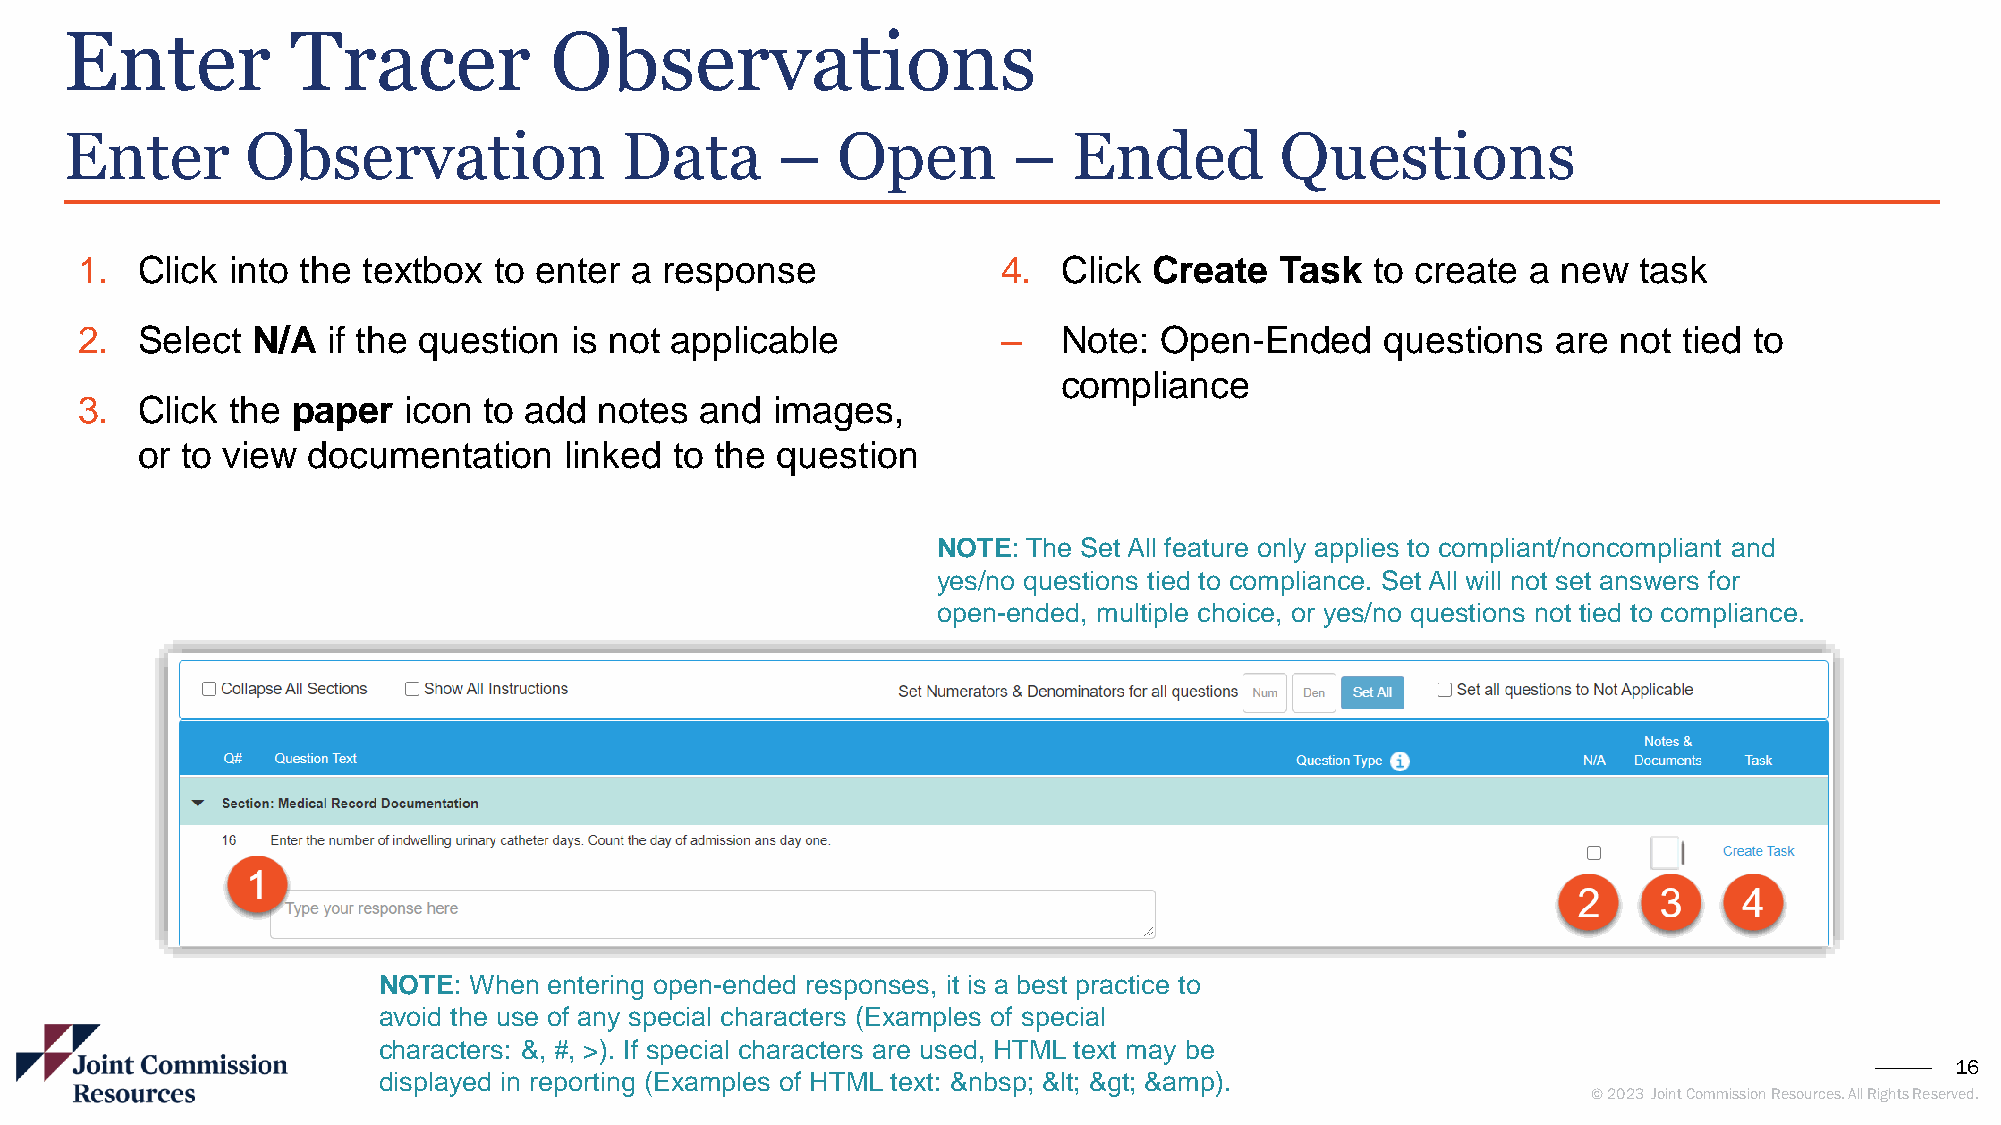
Enter          Tracer           Observations
 Enter       Observation              Data      –   Open        –   Ended         Questions
 1.  Click into the textbox  to enter a response              4.  Click Create   Task  to create a new  task
 2.  Select  N/A  if the question is not applicable           ‒   Note:  Open-Ended     questions  are not tied to
 compliance
 3.  Click the paper   icon to add  notes and  images,
 or to view documentation    linked  to the question
 NOTE: The Set All feature only applies to compliant/noncompliant and
 yes/no questions tied to compliance. Set All will not set answers for
 open-ended, multiple choice, or yes/no questions not tied to compliance.
 NOTE: When entering open-ended responses, it is a best practice to
 avoid the use of any special characters (Examples of special
 characters: &, #, >). If special characters are used, HTML text may be
 16
 displayed in reporting (Examples of HTML text: &nbsp; &lt; &gt; &amp).
 © 2023 Joint Commission Resources. All Rights Reserved.